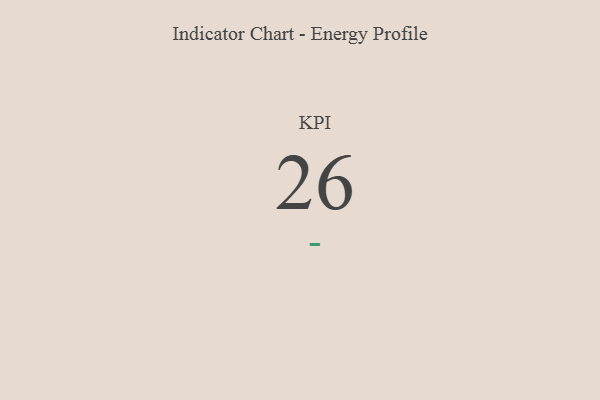
{"axis": {"x": "KPI", "y": "Value"}, "legend": [""], "data": [{"x": "KPI", "y": 26, "type": ""}]}